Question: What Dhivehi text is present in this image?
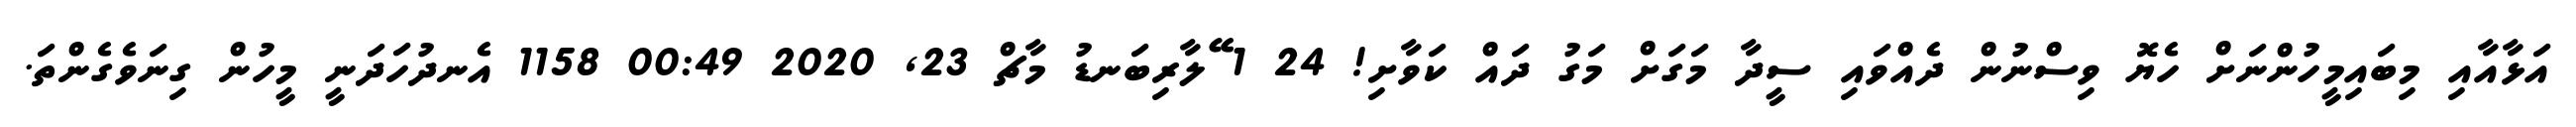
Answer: އަޅާއާއި މިބައިމީހުންނަށް ހެޔޮ ވިސްނުން ދެއްވައި ސީދާ މަގަށް މަގު ދައް ކަވާށި! 24 1 ޭލާރިބަނޑު މާޗް 23, 2020 00:49 1158 އެނދުހަދަނީ މީހުން ގިނަވެގެންތަ.